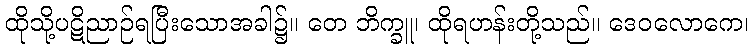
ထိုသို့ပဋိညာဉ်ရပြီးသောအခါ၌။ တေ ဘိက္ခူ၊ ထိုရဟန်းတို့သည်။ ဒေဝလောကေ၊